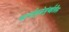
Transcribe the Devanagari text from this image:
कार्यामुळेमुंबईतील